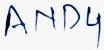
Text: AND4